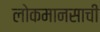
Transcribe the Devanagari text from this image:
लोकमानसाची